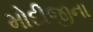
મોદીજીના